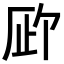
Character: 𪠉